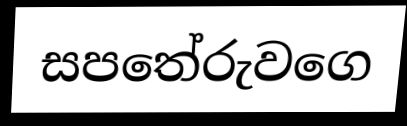
සපතේරුවගෙ